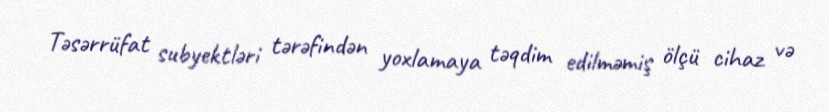
Təsərrüfat subyektləri tərəfindən yoxlamaya təqdim edilməmiş ölçü cihaz və